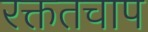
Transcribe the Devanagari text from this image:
रक्ततचाप